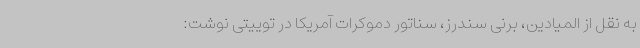
به نقل از المیادین، برنی سندرز، سناتور دموکرات آمریکا در توییتی نوشت: